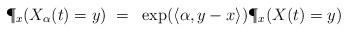
LaTeX: \begin{align*}\P_x(X_\alpha(t) = y) ~=~ \exp(\langle\alpha, y-x\rangle) \P_x(X(t)=y)\end{align*}